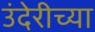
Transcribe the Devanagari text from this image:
उंदेरीच्या